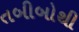
તબીબોથી